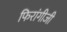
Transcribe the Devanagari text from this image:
फिरांगीजी